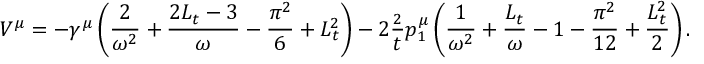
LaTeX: V ^ { \mu } = - \gamma ^ { \mu } \left( \frac { 2 } { \omega ^ { 2 } } + \frac { 2 L _ { t } - 3 } { \omega } - \frac { \pi ^ { 2 } } { 6 } + L _ { t } ^ { 2 } \right) - 2 \frac { \not { p } _ { 2 } } { t } p _ { 1 } ^ { \mu } \left( \frac { 1 } { \omega ^ { 2 } } + \frac { L _ { t } } { \omega } - 1 - \frac { \pi ^ { 2 } } { 1 2 } + \frac { L _ { t } ^ { 2 } } { 2 } \right) .